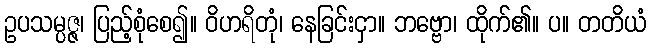
ဥပသမ္ပဇ္ဇ၊ ပြည့်စုံစေ၍။ ဝိဟရိတုံ၊ နေခြင်းငှာ။ ဘဗ္ဗော၊ ထိုက်၏။ ပ။ တတိယံ